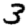
Digit: 3